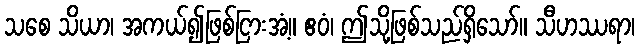
သစေ သိယာ၊ အကယ်၍ဖြစ်ငြားအံ့။ ဧဝံ၊ ဤသို့ဖြစ်သည်ရှိသော်။ သီဟဿရာ၊